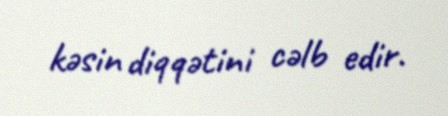
kəsin diqqətini cəlb edir.